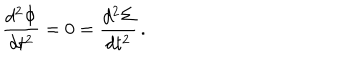
{ \frac { d ^ { 2 } \Phi } { d t ^ { 2 } } } = 0 = { \frac { d ^ { 2 } \Sigma } { d t ^ { 2 } } } \, .